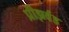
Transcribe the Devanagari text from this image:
प्रीझर्वड